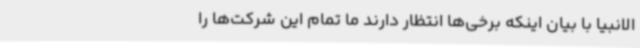
الانبیا با بیان اینکه برخی‌ها انتظار دارند ما تمام این شرکت‌ها را